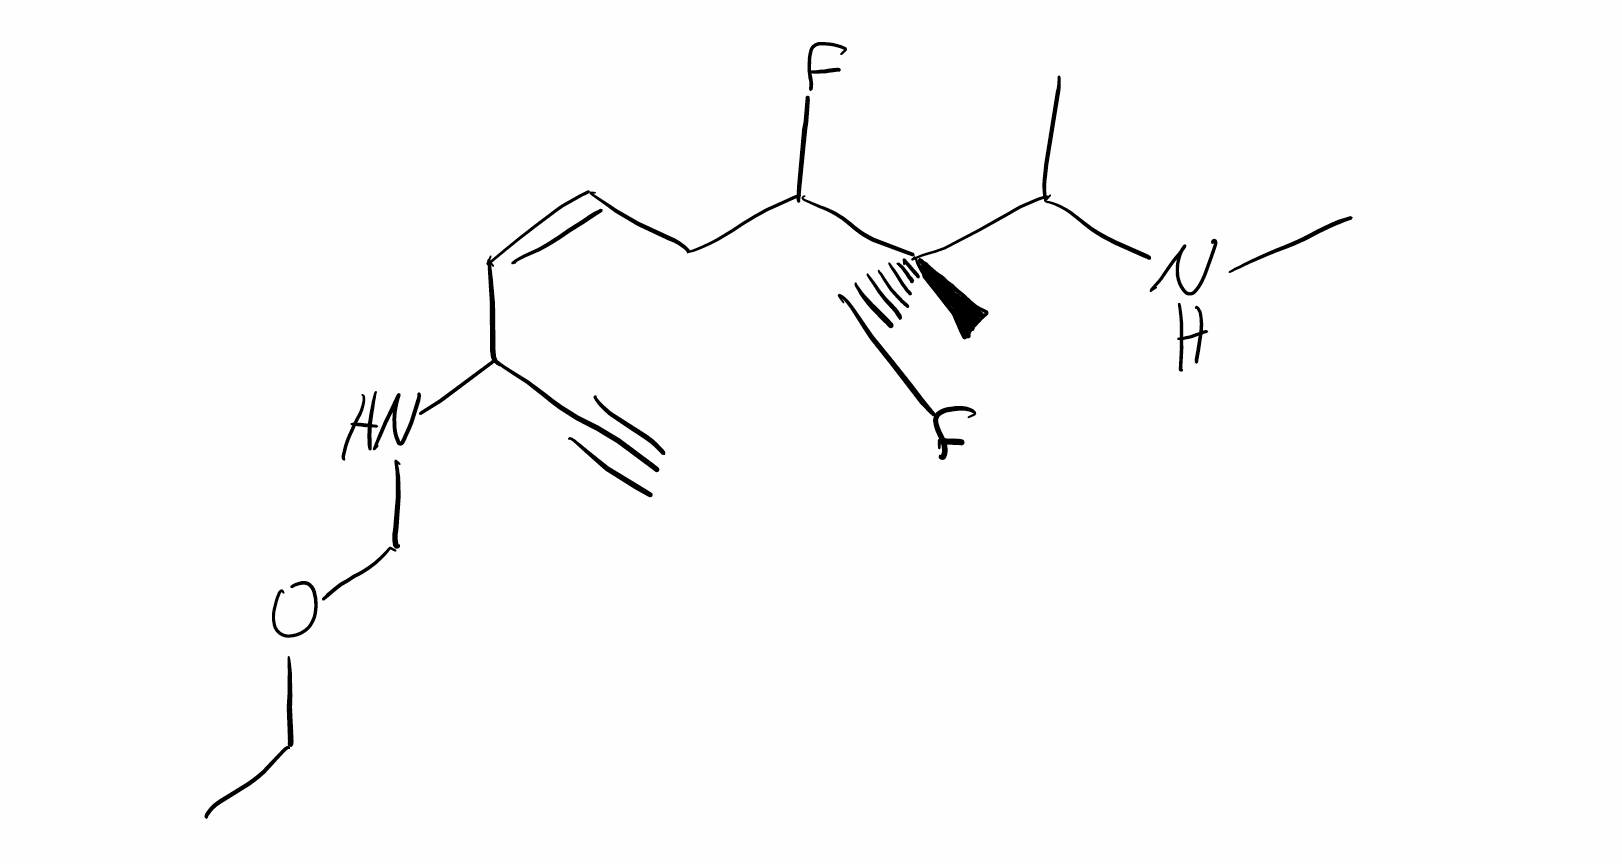
Simplified molecular-input line-entry system (SMILES) notation of the given molecule:
CCOCNC(/C=C\CC([C@@](C)(CF)C(C)NC)F)C#C